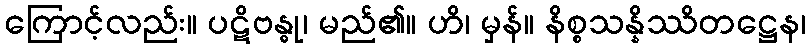
ကြောင့်လည်း။ ပဋိဗန္ဓု၊ မည်၏။ ဟိ၊ မှန်။ နိစ္စသန္နိဿိတဋ္ဌေန၊